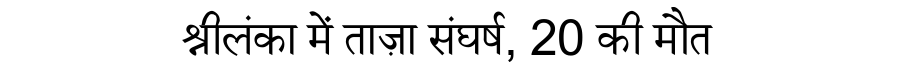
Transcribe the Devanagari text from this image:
श्रीलंका में ताज़ा संघर्ष, 20 की मौत